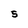
Character: S